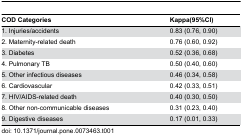
<table><thead><tr><td><b>COD Categories</b></td><td><b>Kappa(95%CI)</b></td></tr></thead><tbody><tr><td>1. Injuries/accidents</td><td>0.83 (0.76, 0.90)</td></tr><tr><td>2. Maternity-related death</td><td>0.76 (0.60, 0.92)</td></tr><tr><td>3. Diabetes</td><td>0.52 (0.36, 0.68)</td></tr><tr><td>4. Pulmonary TB</td><td>0.50 (0.40, 0.60)</td></tr><tr><td>5. Other infectious diseases</td><td>0.46 (0.34, 0.58)</td></tr><tr><td>6. Cardiovascular</td><td>0.42 (0.33, 0.51)</td></tr><tr><td>7. HIV/AIDS-related death</td><td>0.40 (0.30, 0.50)</td></tr><tr><td>8. Other non-communicable diseases</td><td>0.31 (0.23, 0.40)</td></tr><tr><td>9. Digestive diseases</td><td>0.17 (0.01, 0.33)</td></tr></tbody></table>